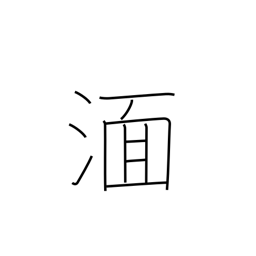
Meaning: be immersed